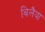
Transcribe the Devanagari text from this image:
बिलैया